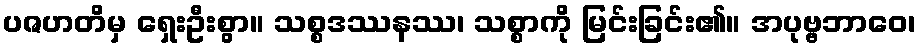
ပဇဟတိမှ ရှေးဦးစွာ။ သစ္စဒဿနဿ၊ သစ္စာကို မြင်းခြင်း၏။ အပုဗ္ဗဘာဝေ၊